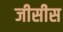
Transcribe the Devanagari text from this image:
जीसीस